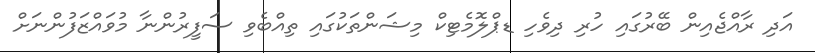
އަދި ރާއްޖެއިން ބޭރުގައި ހުރި ދިވެހި ޑޕްލޮމެޓިކް މިޝަންތަކުގައި ތިއްބެވި ސަފީރުންނާ މުވައްޒަފުންނަށް